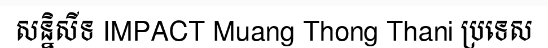
សន្និសីទ IMPACT Muang Thong Thani ប្រទេស